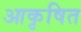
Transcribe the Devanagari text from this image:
आकृषित